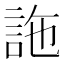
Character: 𧦧